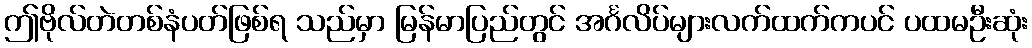
ဤဗိုလ်တဲတစ်နံပတ်ဖြစ်ရ သည်မှာ မြန်မာပြည်တွင် အင်္ဂလိပ်များလက်ထက်ကပင် ပထမဦးဆုံး